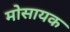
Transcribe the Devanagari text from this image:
मोसायक